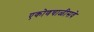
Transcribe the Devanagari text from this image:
एकोणचाळीसवे